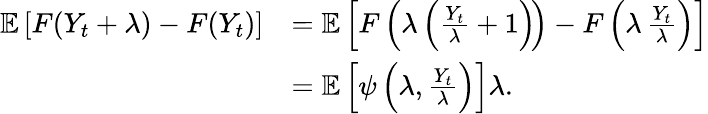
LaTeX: \begin{array}{rl}{\mathbb{E}\left[F(Y_{t}+\lambda)-F(Y_{t})\right]}&{=\mathbb{E}\left[F\left(\lambda\left(\frac{Y_{t}}{\lambda}+1\right)\! \right)-F\left(\lambda\, \frac{Y_{t}}{\lambda}\right)\right]}\\ &{=\mathbb{E}\left[\psi\left(\lambda,\frac{Y_{t}}{\lambda}\right)\right]\lambda.}\end{array}